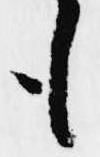
も